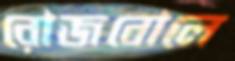
রোজবোলে